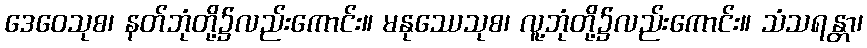
ဒေဝေသုစ၊ နတ်ဘုံတို့၌လည်းကောင်း။ မနုဿေသုစ၊ လူ့ဘုံတို့၌လည်းကောင်း။ သံသရန္တာ၊